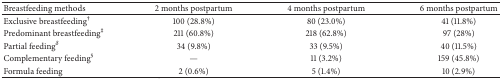
<table><thead><tr><td><b>Breastfeeding methods</b></td><td><b>2 months postpartum</b></td><td><b>4 months postpartum</b></td><td><b>6 months postpartum</b></td></tr></thead><tbody><tr><td>Exclusive breastfeeding<sup>†</sup></td><td>100 (28.8%)</td><td>80 (23.0%)</td><td>41 (11.8%)</td></tr><tr><td>Predominant breastfeeding<sup>‡</sup></td><td>211 (60.8%)</td><td>218 (62.8%)</td><td>97 (28%)</td></tr><tr><td>Partial feeding<sup><i>δ</i></sup></td><td>34 (9.8%)</td><td>33 (9.5%)</td><td>40 (11.5%)</td></tr><tr><td>Complementary feeding<sup>§</sup></td><td>—</td><td>11 (3.2%)</td><td>159 (45.8%)</td></tr><tr><td>Formula feeding</td><td>2 (0.6%)</td><td>5 (1.4%)</td><td>10 (2.9%)</td></tr></tbody></table>